Scottish Leaving Certificate Examination, 1955
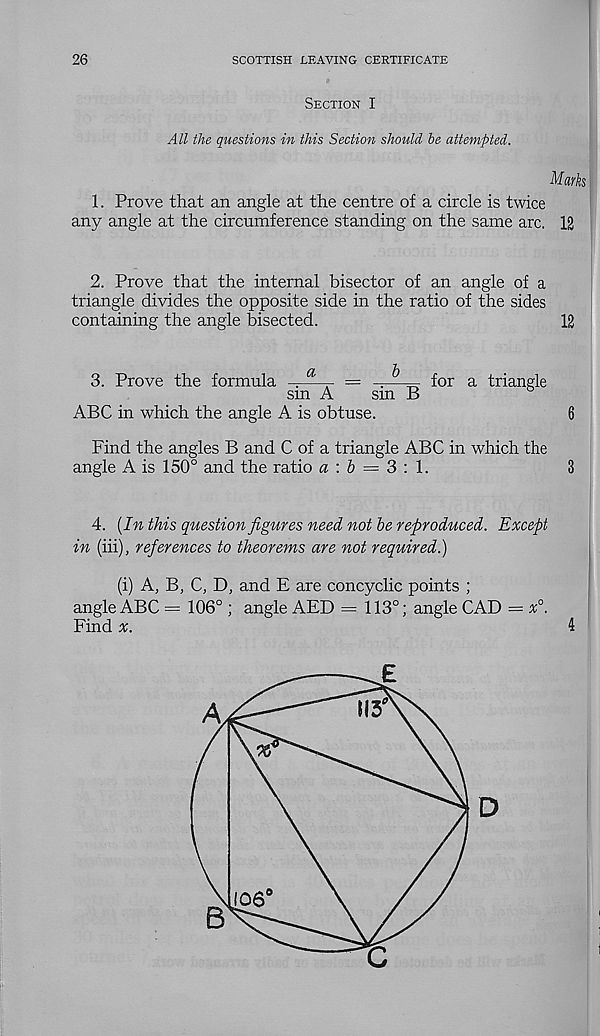
26
SCOTTISH LEAVING CERTIFICATE
SECTION I
All the questions in this Section should be attempted.
Marks
1. Prove that an angle at the centre of a circle is twice
any angle at the circumference standing on the same arc. 12
2. Prove that the internal bisector of an angle of a
triangle divides the opposite side in the ratio of the sides
containing the angle bisected.
12
3. Prove the formula sin A
sin B
ABC in which the angle A is obtuse.
for a triangle
Find the angles B and C of a triangle ABC in which the
angle A is 150° and the ratio « : & = 3 : 1.
3
4. (In this question figures need not be reproduced. Except
in (iii), references to theorems are not required.)
(i) A, B, C, D, and E are concyclic points ;
angle ABC = 106° ; angle AED = 113°; angle CAD = x°.
Find x.
4
M3
A
%
106
B
C